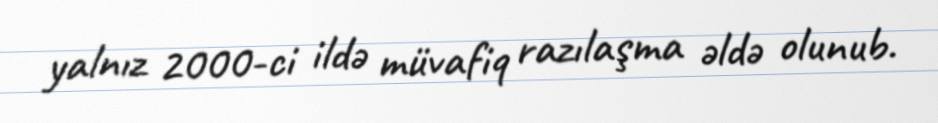
yalnız 2000-ci ildə müvafiq razılaşma əldə olunub.